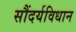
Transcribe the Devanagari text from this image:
सौंदर्यविधान